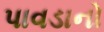
પાવડાનો